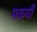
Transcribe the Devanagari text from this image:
मकघी